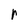
Character: r